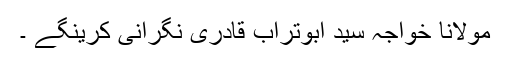
مولانا خواجہ سید ابوتراب قادری نگرانی کرینگے ۔